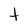
Character: t